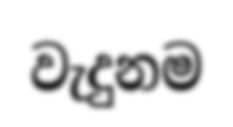
වැදුනම